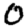
Digit: 0